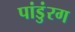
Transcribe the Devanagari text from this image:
पांडुंरग